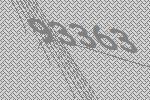
93363